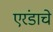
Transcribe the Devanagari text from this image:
एरंडाचे